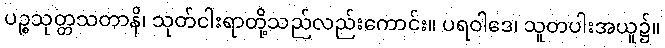
ပဉ္စသုတ္တသတာနိ၊ သုတ်ငါးရာတို့သည်လည်းကောင်း။ ပရဝါဒေ၊ သူတပါးအယူ၌။